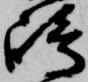
嶋